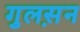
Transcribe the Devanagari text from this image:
गुलस़न